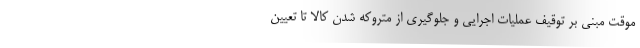
موقت مبنی بر توقیف عملیات اجرایی و جلوگیری از متروکه شدن کالا تا تعیین